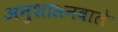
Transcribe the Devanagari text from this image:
अनुशासनवाले